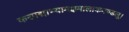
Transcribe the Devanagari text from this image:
करपद्माभ्यामक्षमालाकमण्डलू।